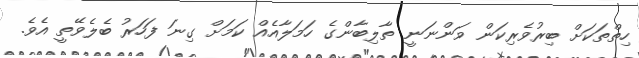
ހިތްތަކަށް ބިރުވެރިކަން ވަންނަނީ ތާލިބާންގެ ހަމަލާއެއް ކަމަށް ގިނަ ފަހަރު ބެލެވޭތީ އެވެ.